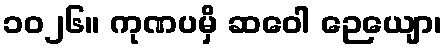
၁၀၂၆။ ကုဏပမှိ ဆဝေါ ဉေယျော၊